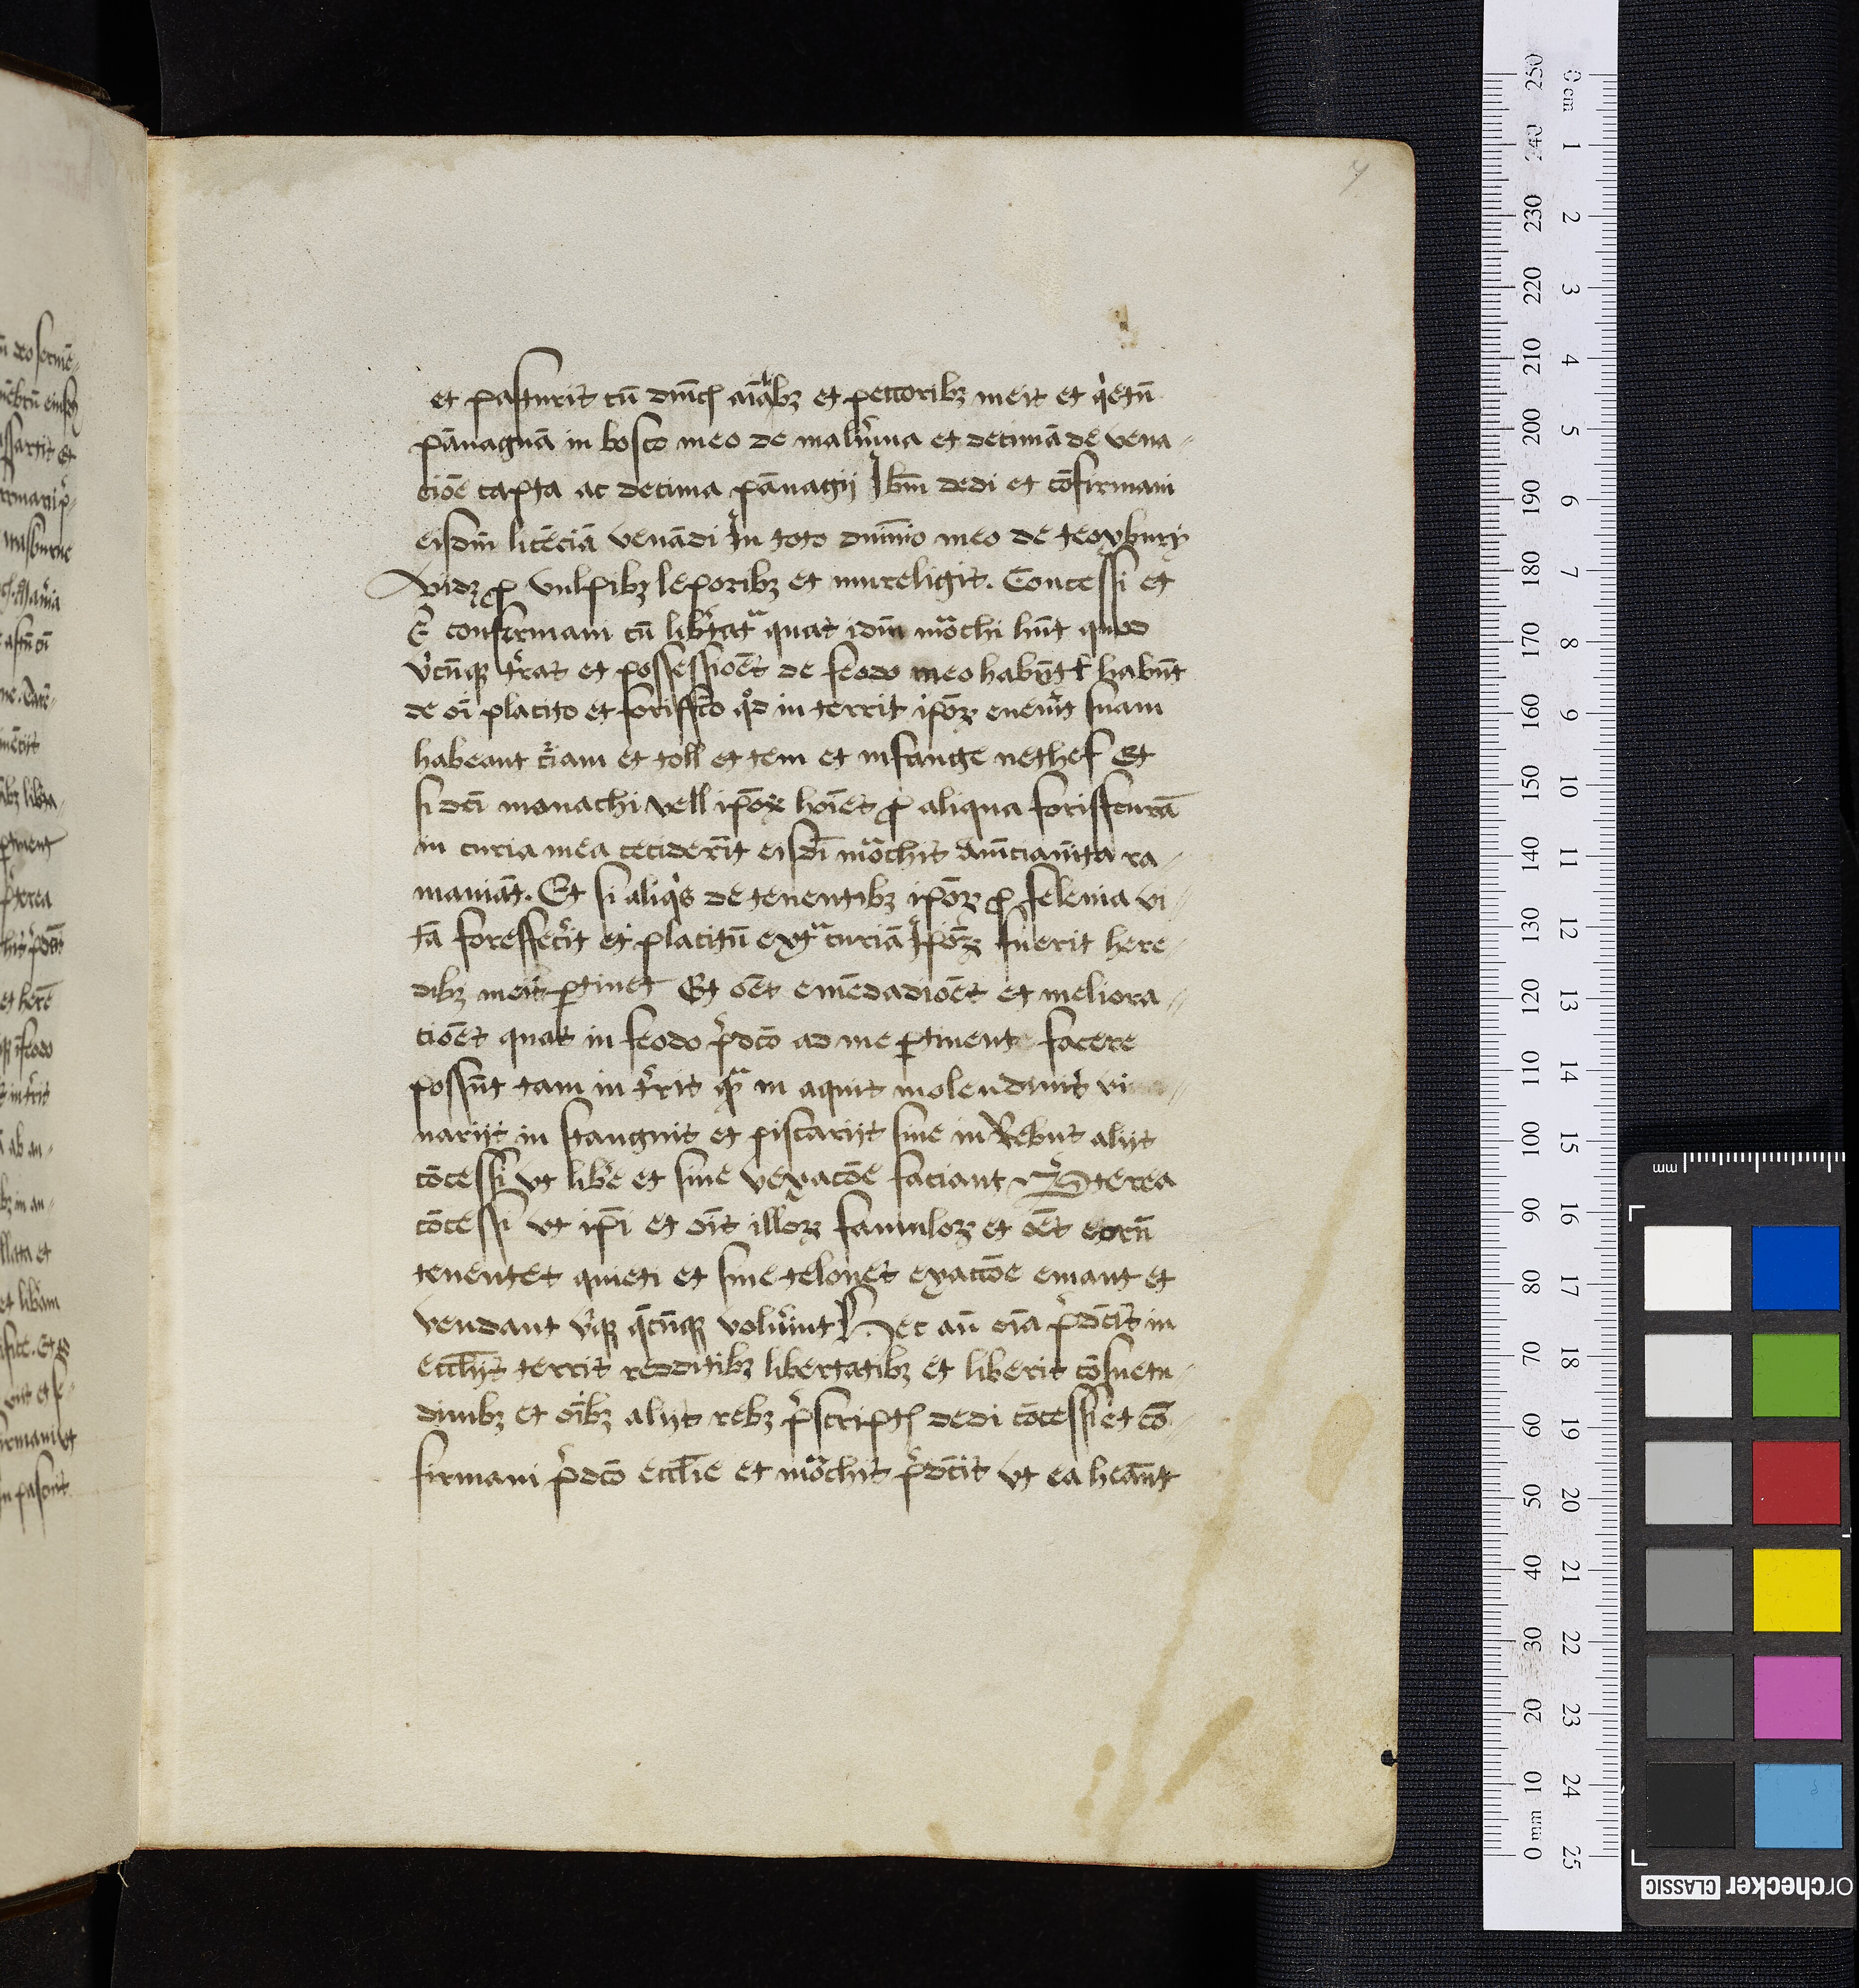
Shelfmark: Oxford, Bodleian Library, ms. Top. Glouc. d. 2
Century: 16